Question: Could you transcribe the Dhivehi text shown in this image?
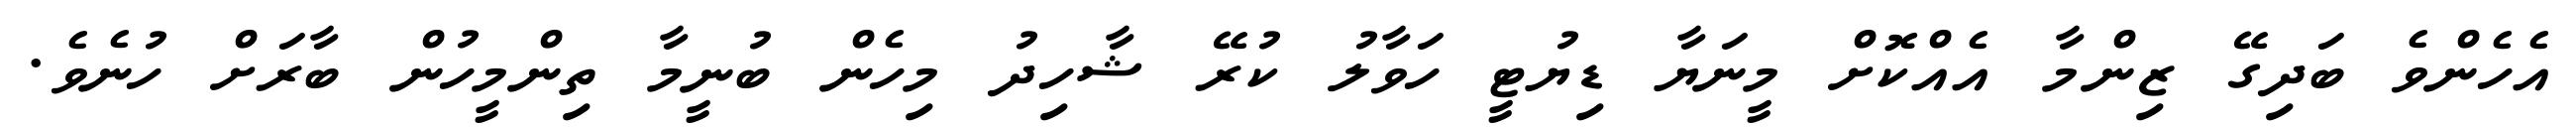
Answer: އެހެންވެ ބަދިގޭ ޒިންމާ އެއްކޮށް މީނަޔާ ޑިޔުޓީ ހަވާލު ކުރޭ ޝާހިދު މިހެން ބުނީމާ ތިންމީހުން ބާރަށް ހުނެވެ.